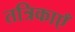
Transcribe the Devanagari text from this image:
तत्रिकाएँ